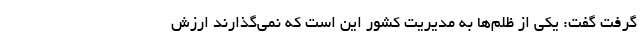
گرفت گفت: یکی از ظلم‌ها به مدیریت کشور این است که نمی‌گذارند ارزش